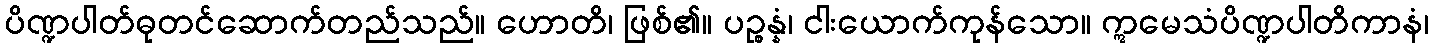
ပိဏ္ဍပါတ်ဓုတင်ဆောက်တည်သည်။ ဟောတိ၊ ဖြစ်၏။ ပဉ္စန္နံ၊ ငါးယောက်ကုန်သော။ ဣမေသံပိဏ္ဍပါတိကာနံ၊